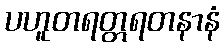
ပဟူတရတ္တရတနာနံ